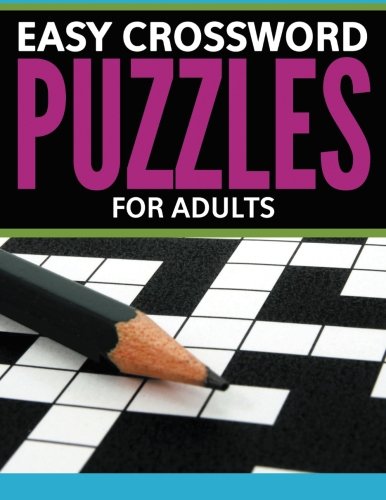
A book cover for Easy Crossword Puzzles For Adults; Speedy Publishing; Humor & Entertainment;